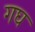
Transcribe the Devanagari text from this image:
गघ